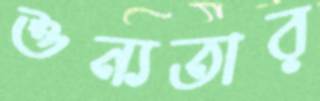
শুন্যতার